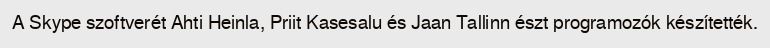
A Skype szoftverét Ahti Heinla, Priit Kasesalu és Jaan Tallinn észt programozók készítették.